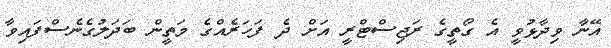
އޭނާ ވިދާޅުވީ އެ ގޯތީގެ ރަޖިސްޓްރީ އަށް ދެ ފަހަރެއްގެ މަތީން ބަދަލުގެނެސްފައިވާ